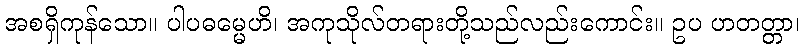
အစရှိကုန်သော။ ပါပဓမ္မေဟိ၊ အကုသိုလ်တရားတို့သည်လည်းကောင်း။ ဥပ ဟတတ္တာ၊